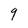
Character: 9